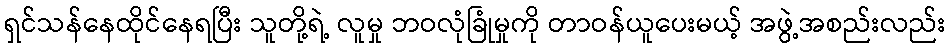
ရှင်သန်နေထိုင်နေရပြီး သူတို့ရဲ့ လူမှု ဘဝလုံခြုံမှုကို တာဝန်ယူပေးမယ့် အဖွဲ့အစည်းလည်း